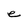
Character: e